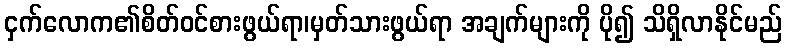
ငှက်လောက၏စိတ်ဝင်စားဖွယ်ရာ၊မှတ်သားဖွယ်ရာ အချက်များကို ပို၍ သိရှိလာနိုင်မည်